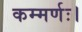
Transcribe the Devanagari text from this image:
कम्मर्णः।